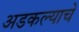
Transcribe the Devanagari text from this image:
अडकल्याचे